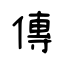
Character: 傳